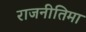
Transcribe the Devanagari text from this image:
राजनीतिमा